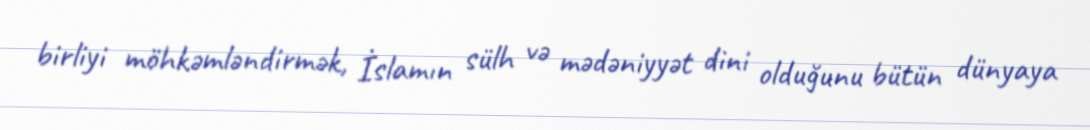
birliyi möhkəmləndirmək, İslamın sülh və mədəniyyət dini olduğunu bütün dünyaya